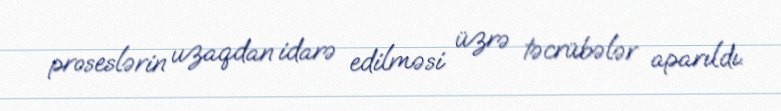
proseslərin uzaqdan idarə edilməsi üzrə təcrübələr aparıldı.